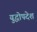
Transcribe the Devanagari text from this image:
युद्धोपदेश